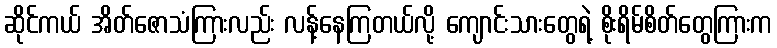
ဆိုင်ကယ် အိတ်ဇောသံကြားလည်း လန့်နေကြတယ်လို့ ကျောင်းသားတွေရဲ့ စိုးရိမ်စိတ်တွေကြားက